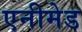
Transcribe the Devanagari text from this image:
एनीमेड